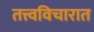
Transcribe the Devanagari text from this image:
तत्त्वविचारात